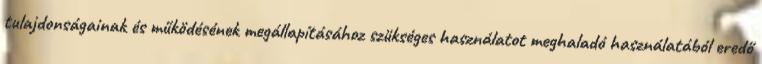
tulajdonságainak és működésének megállapításához szükséges használatot meghaladó használatából eredő